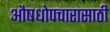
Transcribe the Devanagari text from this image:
औषधोपचारासाठी